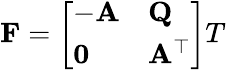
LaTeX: \mathbf{F}={\left[\begin{array}{ll}{-\mathbf{A}}&{\mathbf{Q}}\\ {\mathbf{0}}&{\mathbf{A}^{\top}}\end{array}\right]}T